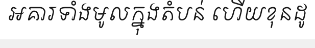
អគារទាំងមូលក្នុងតំបន់ ហើយខុនដូ